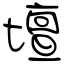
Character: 壇